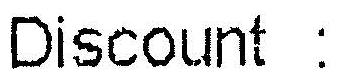
DISCOUNT :